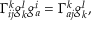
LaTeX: \Gamma _ { i j } ^ { k } g _ { k } ^ { l } g _ { a } ^ { i } = \Gamma _ { a j } ^ { k } g _ { k } ^ { l } ,